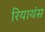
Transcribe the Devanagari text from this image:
रियायंस